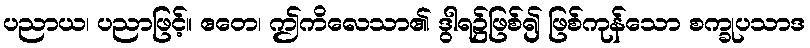
ပညာယ၊ ပညာဖြင့်။ ဧတေ၊ ဤကိလေသာ၏ ဒွါရ၌ဖြစ်၍ ဖြစ်ကုန်သော စက္ခုပသာဒ